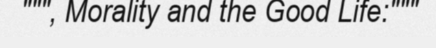
""", Morality and the Good Life:"""